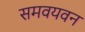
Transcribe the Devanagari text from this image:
समवयवन